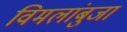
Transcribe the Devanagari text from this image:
विमलांबुजा